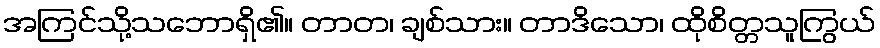
အကြင်သို့သဘောရှိ၏။ တာတ၊ ချစ်သား။ တာဒိသော၊ ထိုစိတ္တသူကြွယ်